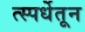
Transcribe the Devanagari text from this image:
त्स्पर्धेतून